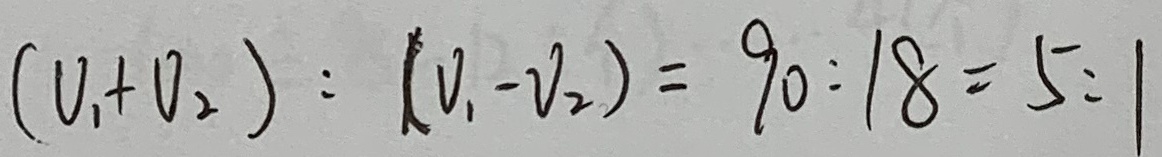
( v _ { 1 } + v _ { 2 } ) : ( v _ { 1 } - v _ { 2 } ) = 9 0 : 1 8 = 5 : 1